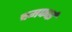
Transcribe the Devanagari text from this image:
चमफाई